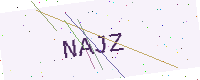
Text: NAJZ